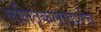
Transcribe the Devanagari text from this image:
ललितकलादर्शचे